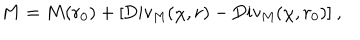
M = M ( r _ { 0 } ) + [ \mathrm { D i v _ { M } } ( \chi , r ) - \mathrm { D i v _ { M } } ( \chi , r _ { 0 } ) ] \: ,